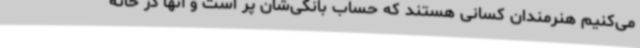
می‌کنیم هنرمندان کسانی هستند که حساب بانکی‌شان پر است و آنها در خانه